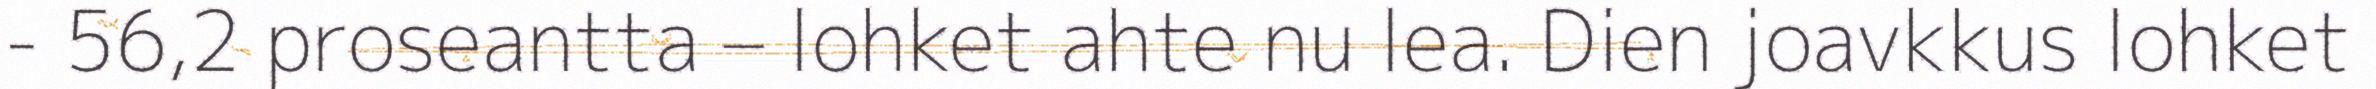
- 56,2 proseantta – lohket ahte nu lea. Dien joavkkus lohket